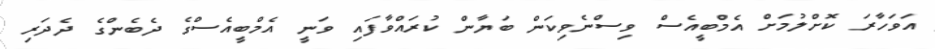
އަވަހާރަ ކޮށްލުމަށް އެމްބީއެސް ވިސްނެވިކަން ބަޔާން ކުރައްވާފައި ވަނީ އެމްބީއެސްގެ ދެބެންގެ ދެދަރި